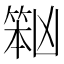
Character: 𱸏